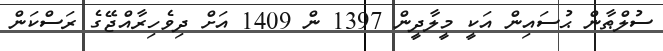
ސުލްޠާން ޙުސައިން އަކީ މީލާދީން 1397 ން 1409 އަށް ދިވެހިރާއްޖޭގެ ރަސްކަން